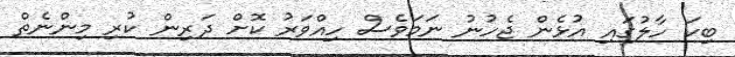
ބިކަ ހާލުގައި އުޅެން ޖެހުނު ނަމަވެސް ހިއްވަރު ކޮށް ދަރިން ކުރި މިންނެތް